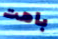
باهت